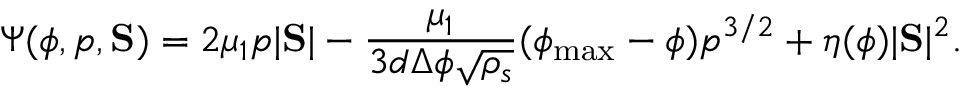
\Psi ( \phi , p , \mathrm { \bf S } ) = 2 \mu _ { 1 } p | \mathrm { \bf S } | - \frac { \mu _ { 1 } } { 3 d \Delta \phi \sqrt { \rho _ { s } } } ( \phi _ { \mathrm { m a x } } - \phi ) p ^ { 3 / 2 } + \eta ( \phi ) | \mathrm { \bf S } | ^ { 2 } .